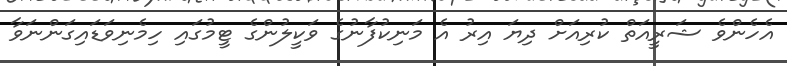
އެހެންވެ ޝަރީއަތް ކުރިއަށް ދިޔަ އިރު އެ މަނިކުފާނުގެ ވަކީލުންގެ ޓީމުގައި ހިމެނިވަޑައިގަންނަވާ